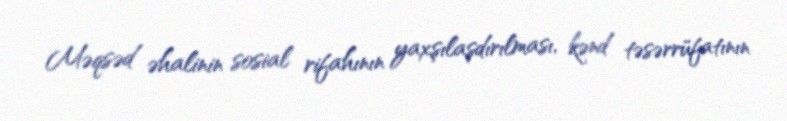
Məqsəd əhalinin sosial rifahının yaxşılaşdırılması, kənd təsərrüfatının